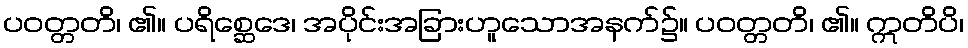
ပဝတ္တတိ၊ ၏။ ပရိစ္ဆေဒေ၊ အပိုင်းအခြားဟူသောအနက်၌။ ပဝတ္တတိ၊ ၏။ ဣတိပိ၊